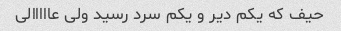
حیف که یکم دیر و یکم سرد رسید ولی عااااالی